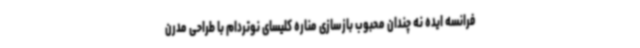
فرانسه ایده نه چندان محبوب بازسازی مناره کلیسای نوتردام با طراحی مدرن